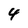
Character: 4